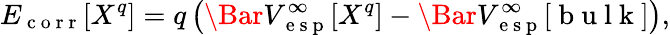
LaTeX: E_{\mathrm{~c~o~r~r~}}[X^{q}]=q\left(\Bar{V}_{\mathrm{~e~s~p~}}^{\infty}[X^{q}]-\Bar{V}_{\mathrm{~e~s~p~}}^{\infty}[\mathrm{~b~u~l~k~}]\right),